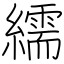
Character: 繻